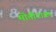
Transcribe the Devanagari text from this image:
मोतीटाका